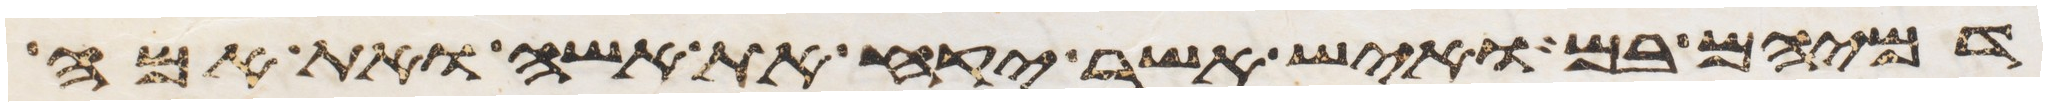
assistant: דמיהם בם ואיש אשר יקח את אשה ואת אמה